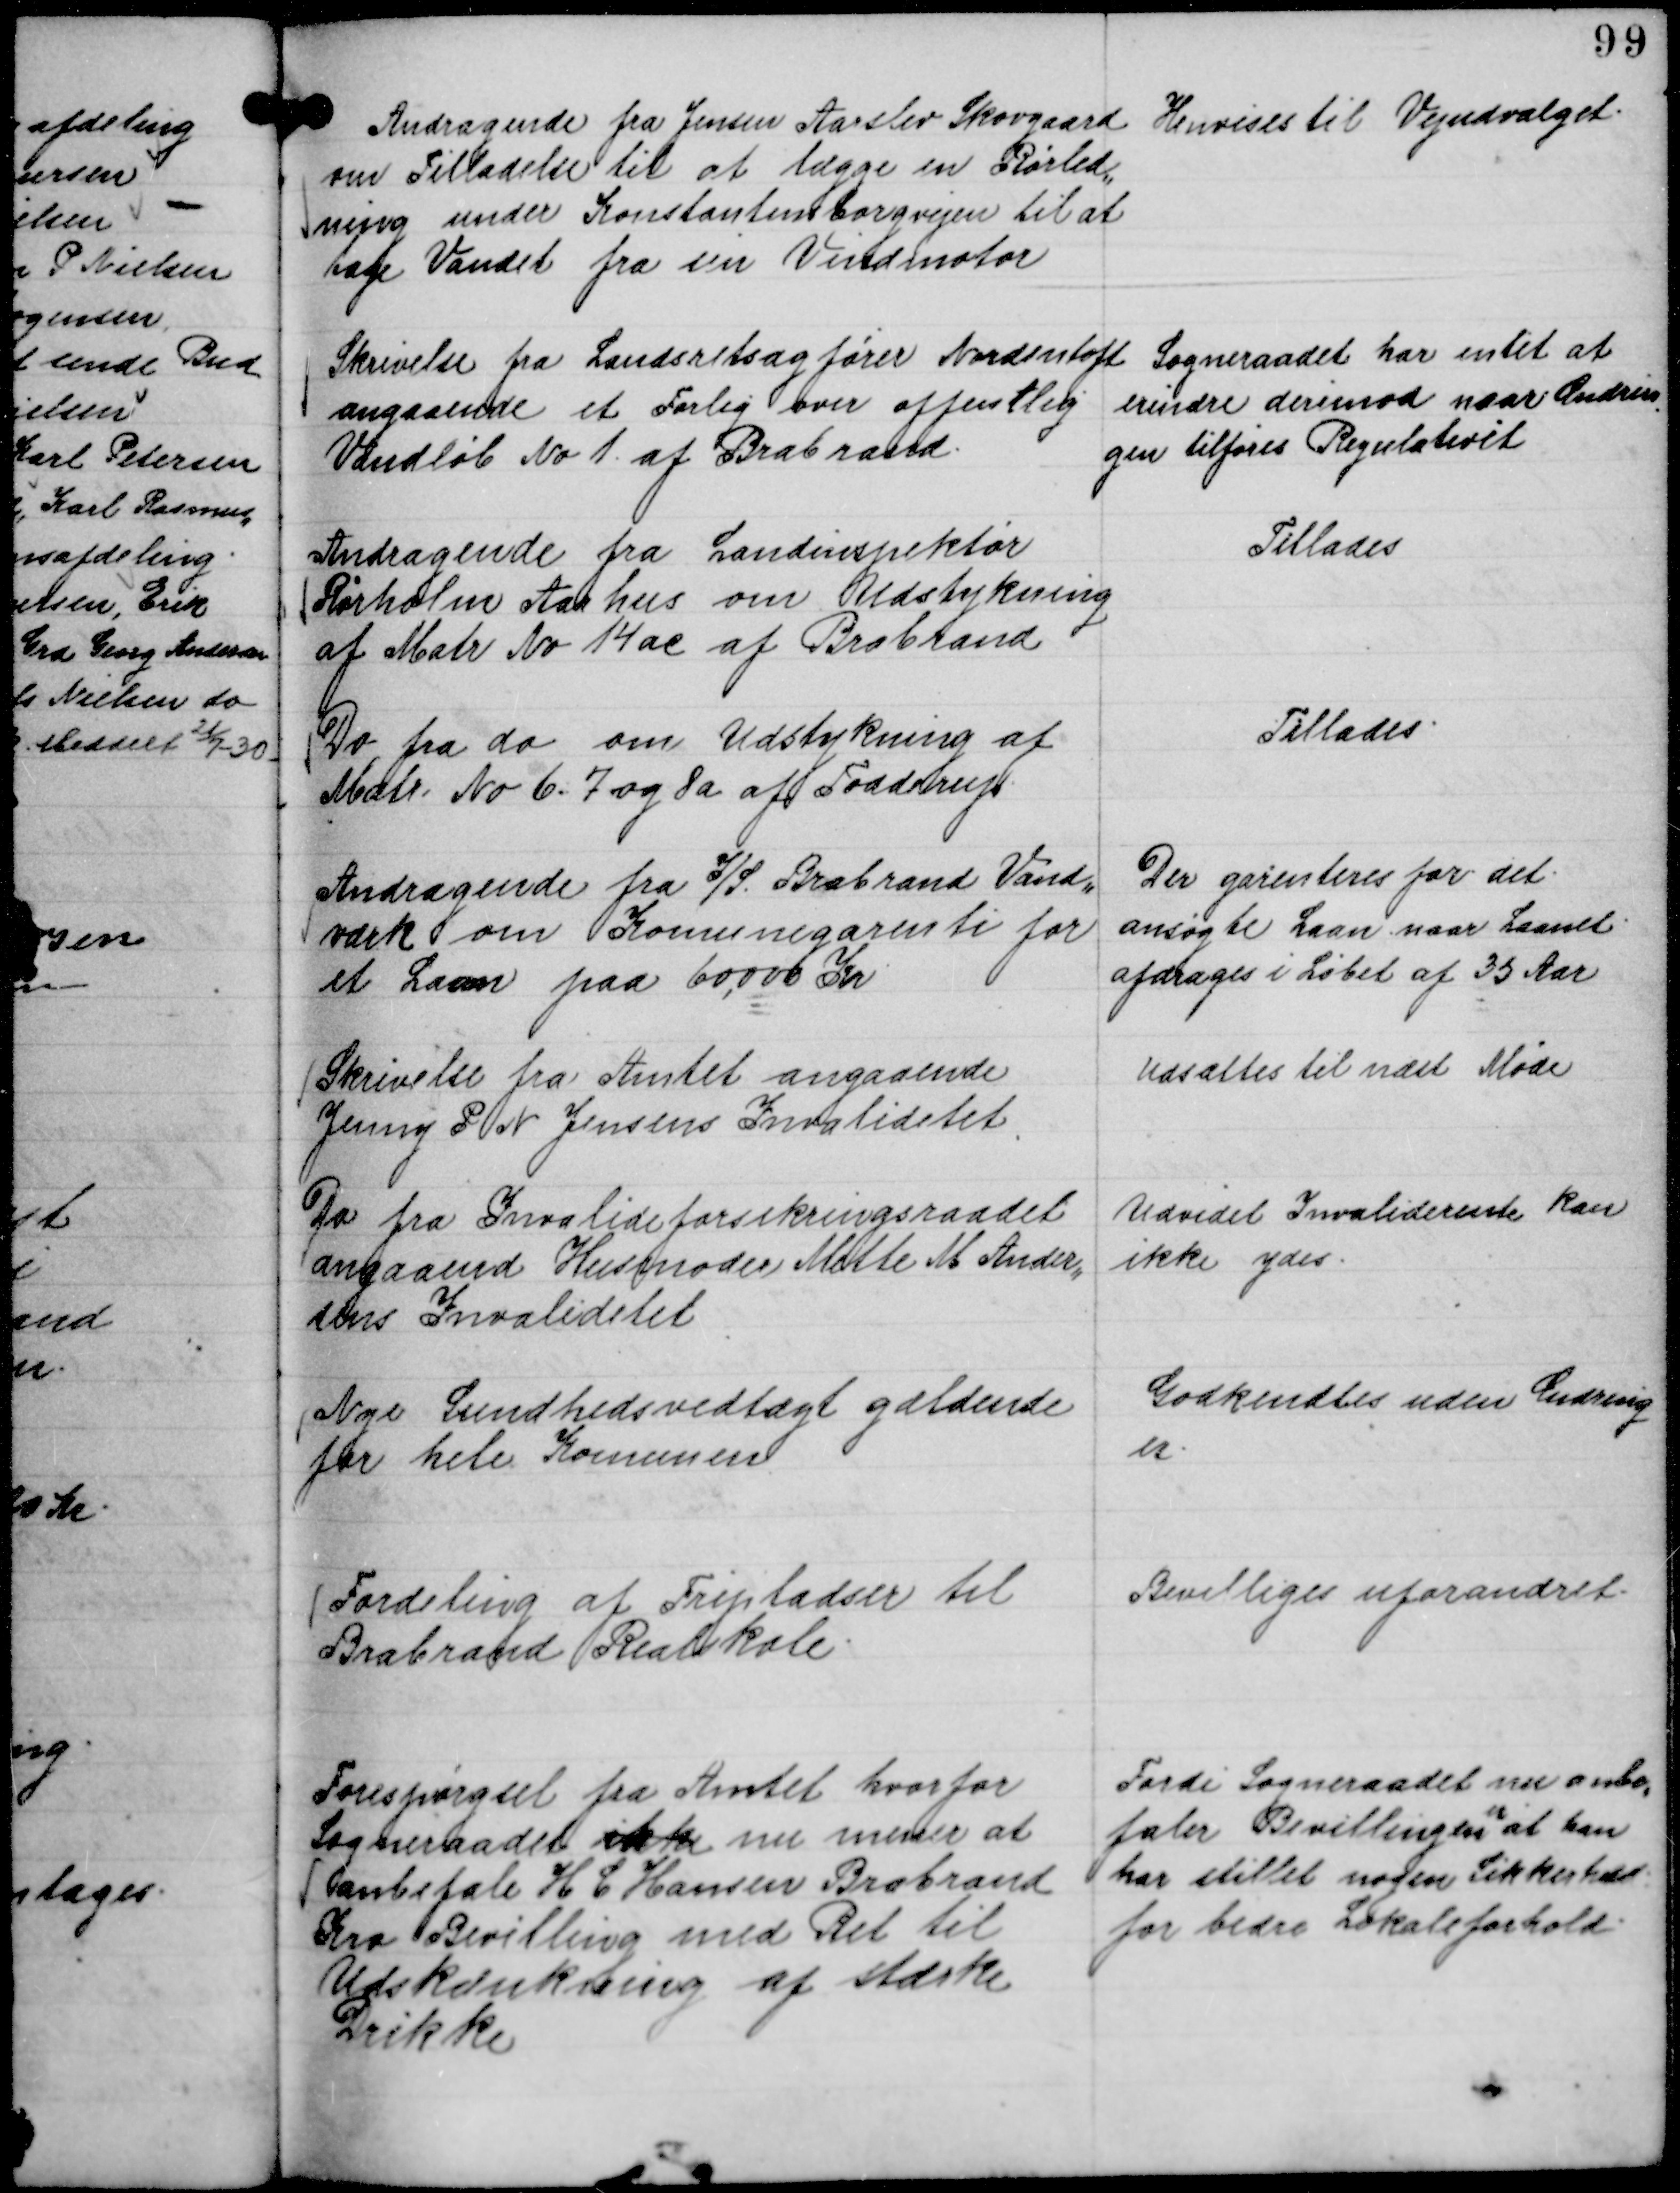
Transskription:
Andragende fra Jensen Aarslev Skovgaard
om Tilladelse til at lægge en Rørled,,
ning under Konstantinsborgvejen til at
tage Vandet fra sin Vindmotor

Henvises til Vejudvalget.

Skrivelse fra Landsretsagfører Nordentoft
angaaende et Forlig over offentlig
Vandløb No 1. af Brabrand.

Sogneraadet har intet at
erindre derimod naar Ændrin
gen tilføres Regulativet

Andragende fra Landinspektør
Rørholm Aarhus om Udstykning
af Matr No 14 ac af Brabrand

Tillades

Do fra do om Udstykning af
Matr. No 6. 7 og 8 a af Todderup

Tillades.

Andragende fra I/S Brabrand Vand,,
værk om Komunegaranti for
et Laan paa 60.000 Kr.

Der garanteres for det
ansøgte Laan naar Laanet
afdrages i Løbet af 35 Aar

Skrivelse fra Amtet angaaende
Jenny P N Jensens Invaliditet

Udsættes til næst Møde

Do fra Invalideforsikringsraadet
angaaende Husmoder Mette M Ander,,
sens Invaliditet

Udvidet Invaliderente kan
ikke ydes.

Nye Sundhedsvedtægt gældende
for hele Komunen

Godkendtes uden Ændring
er.

Fordeling af Fripladser til
Brabrand Realskole.

Bevilliges uforandret.

Forespørgsel fra Amtet hvorfor
Sogneraadet ikke nu mener at
anbefale H C Hansen Brabrand
Kro Bevilling med Ret til
Udskænkning af stærke
Drikke

Fordi Sogneraadet nu anbe,,
faler Bevillingen
er
at han
har stillet nogen Sikkerhed
for bedre Lokaleforhold.